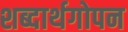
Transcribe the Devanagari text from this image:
शब्दार्थगोपन